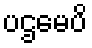
ပဌမေပိ